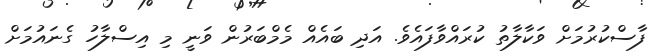
ފާސްކުރުމަށް ވަކާލާތު ކުރައްވާފައެވެ. އަދި ބައެއް މެމްބަރުން ވަނީ މި އިސްލާހު ގެނައުމަށް